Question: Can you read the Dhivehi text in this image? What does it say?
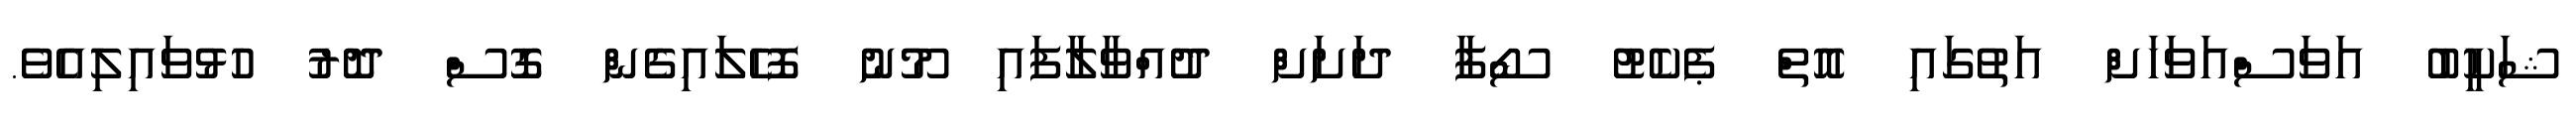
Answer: ޝަކީބު އަވަސްއަވަހަށް އަތުގައި އޮތް ޕެކެޓު ސޯފާ ދަށަށް ދުއްވާލާފައި މޫނު ފޮހެލައިގެން ގޮސް ދޮރު ހުޅުވައިލިއެވެ.